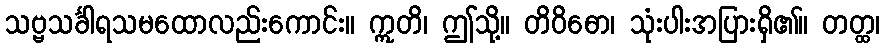
သဗ္ဗသင်္ခါရသမထောလည်းကောင်း။ ဣတိ၊ ဤသို့။ တိဝိဓော၊ သုံးပါးအပြားရှိ၏။ တတ္ထ၊